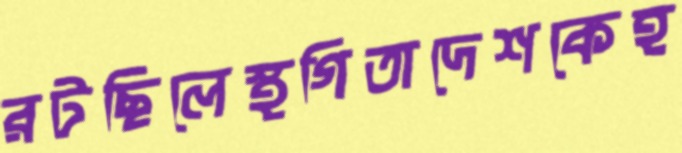
রটছিলেস্থগিতাদেশকেহ